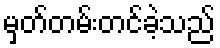
မှတ်တမ်းတင်ခဲ့သည်